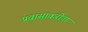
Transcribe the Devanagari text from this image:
प्रवासाकरीता